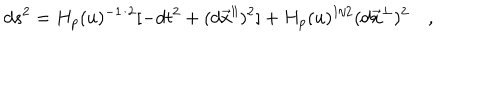
d s ^ { 2 } = H _ { p } ( u ) ^ { - 1 / 2 } [ - d t ^ { 2 } + ( d { { \vec { x } } ^ { \parallel } } ) ^ { 2 } ] + H _ { p } ( u ) ^ { 1 / 2 } ( d { { \vec { x } } ^ { \perp } } ) ^ { 2 } \quad ,